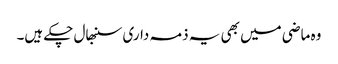
وہ ماضی میں بھی یہ ذمہ داری سنبھال چکے ہیں۔